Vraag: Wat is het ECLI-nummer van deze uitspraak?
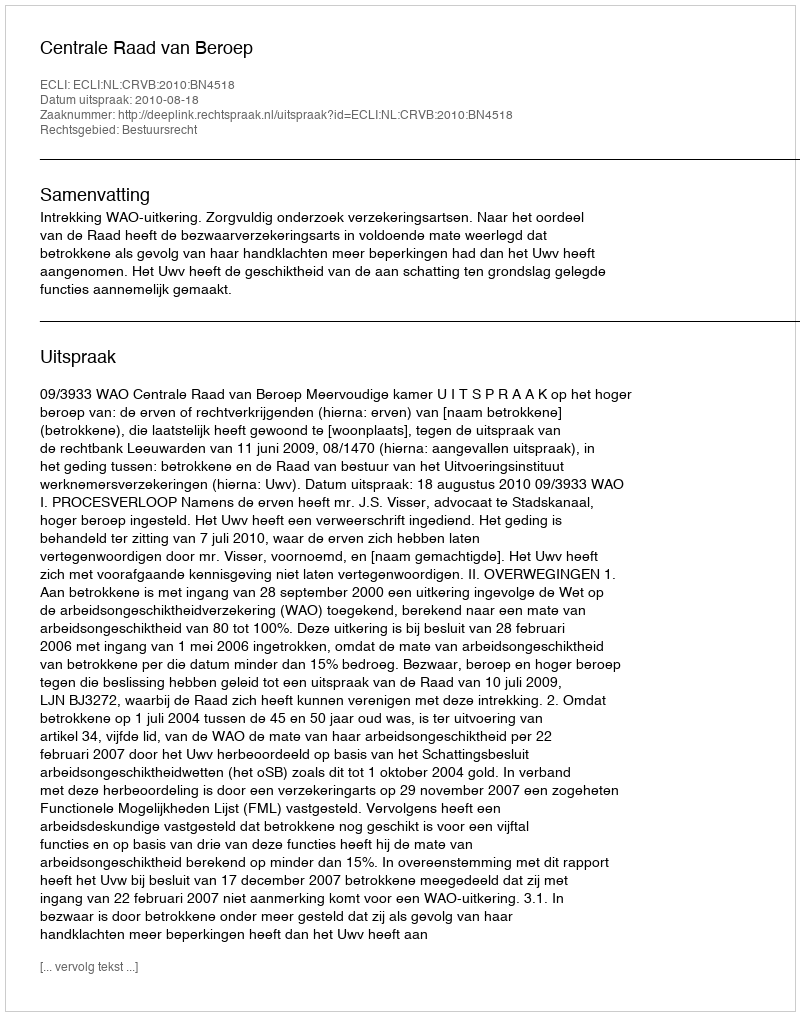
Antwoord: ECLI:NL:CRVB:2010:BN4518